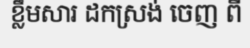
ខ្លឹមសារ ដកស្រង់ ចេញ ពី